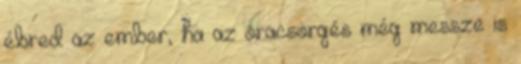
ébred az ember, ha az óracsörgés még messze is